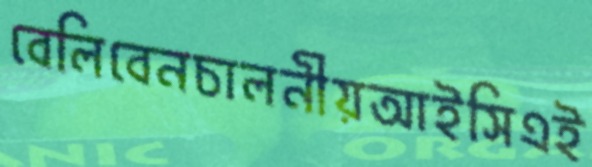
বেলিবেনচালনীয়আইসিএই